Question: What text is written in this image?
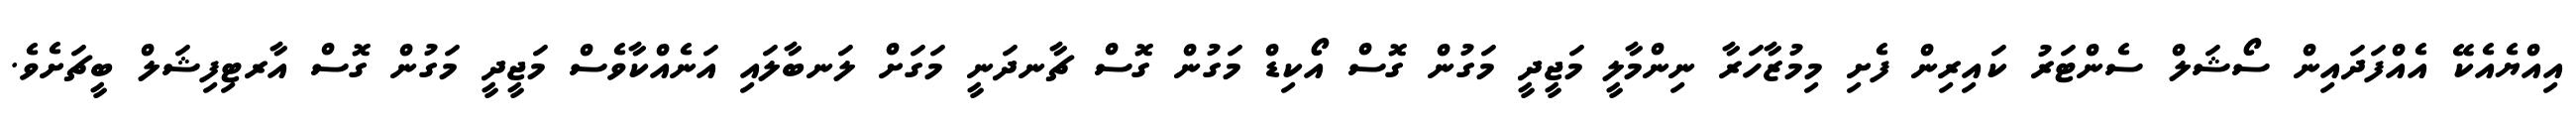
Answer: އިއްޔެއެކޭ އެއްފަދައިން ސޯޝަލް ސެންޓަރު ކައިރިން ފެށި މިމުޒާހަރާ ނިންމާލީ މަޖީދީ މަގުން ގޮސް އޯކިޑް މަގުން ގޮސް ޗާނދަނީ މަގަށް ލަނބާލައި އަނެއްކާވެސް މަޖީދީ މަގުން ގޮސް އާރޓިފިޝަލް ބީޗަށެވެ.